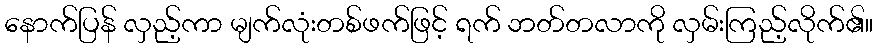
နောက်ပြန် လှည့်ကာ မျက်လုံးတစ်ဖက်ဖြင့် ရက် ဘတ်တလာကို လှမ်းကြည့်လိုက်၏။